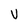
Character: V